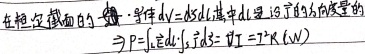
在恒定截面的 \textcircled{1} 中，\(dV = vSdl\)，其中 \(dl\) 是 \textcircled{1} 内的方向矢量的\(\Rightarrow P = \int_{l} \vec{E}d\vec{l} \cdot \int_{S} \vec{j}d\vec{S} = VI = I^{2}R\ (\text{W})\)